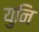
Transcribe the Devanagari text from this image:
युनि